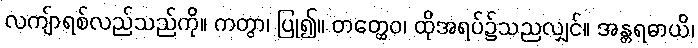
လကျ်ာရစ်လည်သည်ကို။ ကတွာ၊ ပြု၍။ တတ္ထေဝ၊ ထိုအရပ်၌သညလျှင်။ အန္တရဓာယိ၊